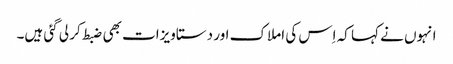
انہوں نے کہا کہ اِس کی املاک اور دستاویزات بھی ضبط کر لی گئی ہیں۔